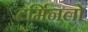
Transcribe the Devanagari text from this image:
टर्मिनलो